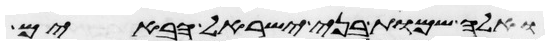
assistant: ואלה שמות בני ישראל הבאים